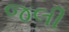
જલી